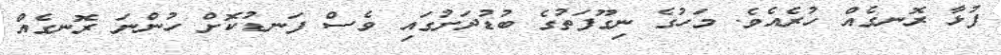
ފުޅާ ރޮނގެއް ހުރެއެވެ. މަހުގެ ނިގޫފަތުގެ ބުޑުދަށުގައި ވެސް ފަނޑުކޮށް ހުންނަ ރޮނގެއް